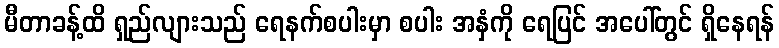
မီတာခန့်ထိ ရှည်လျားသည် ရေနက်စပါးမှာ စပါး အနှံကို ရေပြင် အပေါ်တွင် ရှိနေရန်